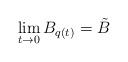
LaTeX: \begin{align*} \lim_{t \to 0} B_{q(t)} = \Tilde{B} \end{align*}